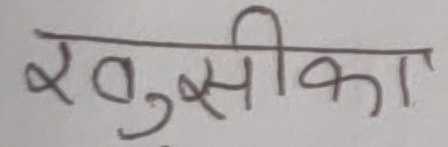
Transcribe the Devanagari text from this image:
खुसिको